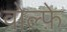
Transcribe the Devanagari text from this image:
वोल्फ़े